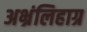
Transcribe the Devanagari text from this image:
अभ्रंलिहाग्र